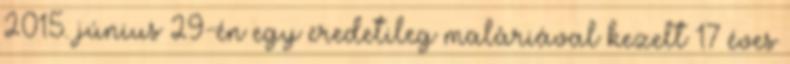
2015. június 29-én egy eredetileg maláriával kezelt 17 éves